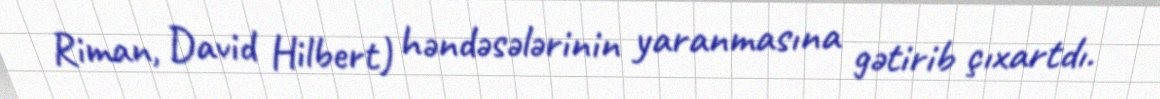
Riman, David Hilbert) həndəsələrinin yaranmasına gətirib çıxartdı.